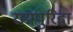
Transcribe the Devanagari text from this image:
रायपुरिहा